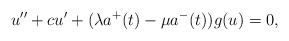
\begin{align*}u'' + c u' + (\lambda a^{+}(t) - \mu a^{-}(t))g(u) = 0,\end{align*}